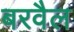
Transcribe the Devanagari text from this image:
बरवैल